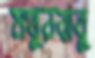
মথুরবাবু